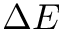
\Delta E